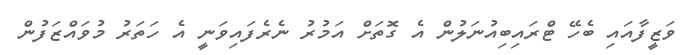
ވަޒީފާއައި ބެހޭ ޓްރައިބިއުނަލުން އެ ގޮތަށް އަމުރު ނެރެފައިވަނީ އެ ހަތަރު މުވައްޒަފުން